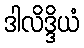
ဒါလိဒ္ဒိယံ